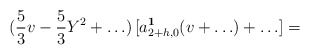
\begin{align*} (\frac{5}{3}v -\frac{5}{3} Y^2+ \ldots )\, [a^{\bf 1}_{2+h,0}(v+\ldots) + \ldots] =\end{align*}